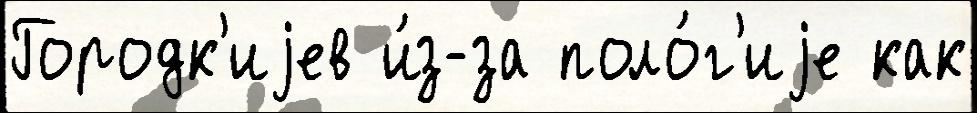
Городк'иjев и́з-за поло́г'иjе как